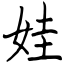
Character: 娃